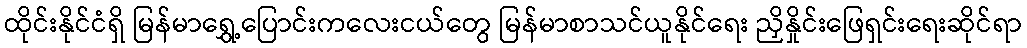
ထိုင်းနိုင်ငံရှိ မြန်မာရွှေ့ပြောင်းကလေးငယ်တွေ မြန်မာစာသင်ယူနိုင်ရေး ညှိနှိုင်းဖြေရှင်းရေးဆိုင်ရာ